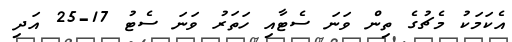
އެކަމަކު މެޗުގެ ތިން ވަނަ ސެޓާއި ހަތަރު ވަނަ ސެޓު 17-25 އަދި